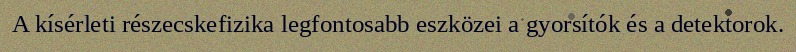
A kísérleti részecskefizika legfontosabb eszközei a gyorsítók és a detektorok.